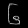
Digit: ၆